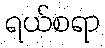
ရယ်စရာ